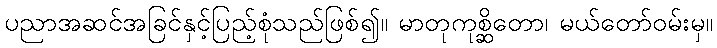
ပညာအဆင်အခြင်နှင့်ပြည့်စုံသည်ဖြစ်၍။ မာတုကုစ္ဆိတော၊ မယ်တော်ဝမ်းမှ။